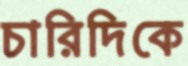
চারিদিকে